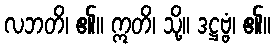
လဘတိ၊ ၏။ ဣတိ၊ သို့။ ဒဋ္ဌဗ္ဗံ၊ ၏။